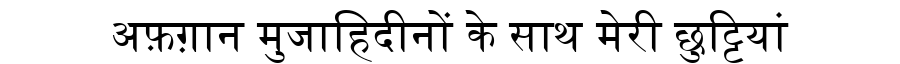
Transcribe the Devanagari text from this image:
अफ़ग़ान मुजाहिदीनों के साथ मेरी छुट्टियां